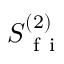
S _ { \mathrm { ~ f ~ i ~ } } ^ { ( 2 ) }